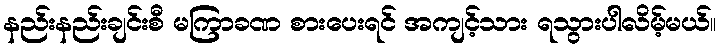
နည်းနည်းချင်းစီ မကြာခဏ စားပေးရင် အကျင့်သား ရသွားပါလိမ့်မယ်။